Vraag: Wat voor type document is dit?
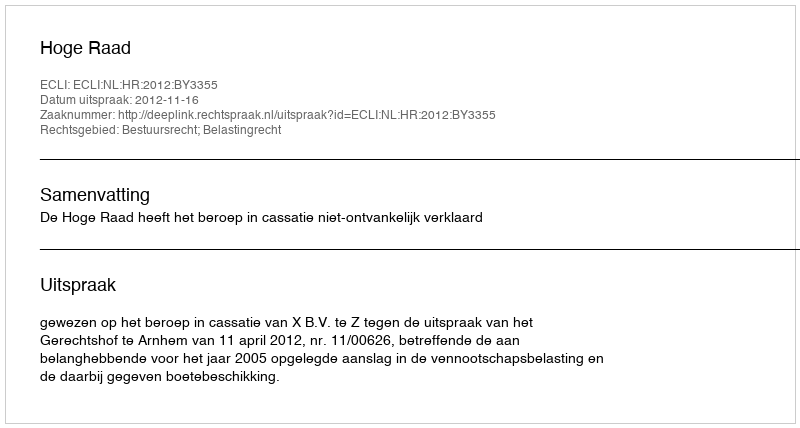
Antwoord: Uitspraak